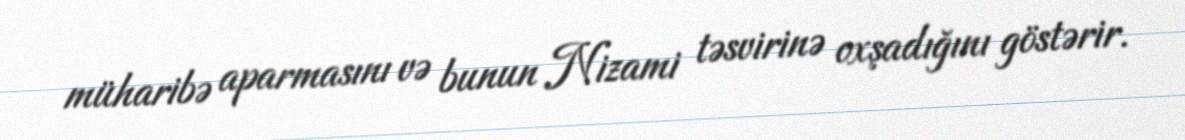
müharibə aparmasını və bunun Nizami təsvirinə oxşadığını göstərir.